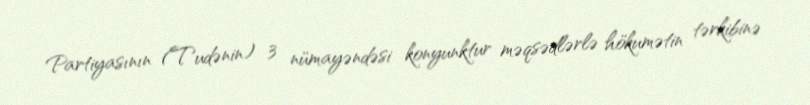
Partiyasının (Tudənin) 3 nümayəndəsi konyunktur məqsədlərlə hökumətin tərkibinə